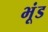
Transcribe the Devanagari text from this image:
भूंड